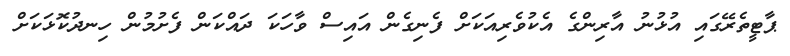
ޕާޓީތެރޭގައި އުޅުނު އާރިންގެ އެކުވެރިއަކަށް ފެނިގެން އައިސް ވާހަކަ ދައްކަން ފެށުމުން ހިނދުކޮޅަކަށް